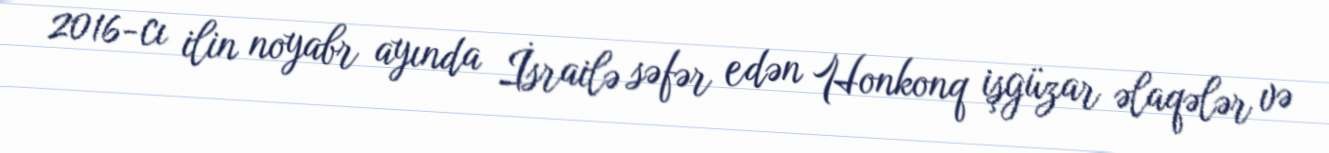
2016-cı ilin noyabr ayında İsrailə səfər edən Honkonq işgüzar əlaqələr və